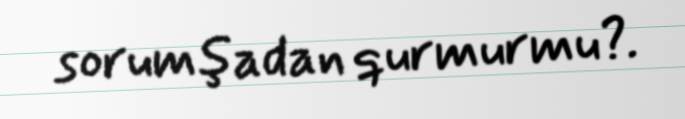
sorumşadan qurmurmu?.